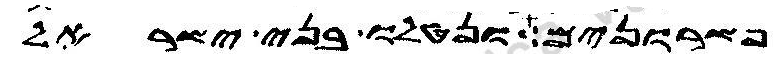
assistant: פשרונים ונטלו בני ישראל